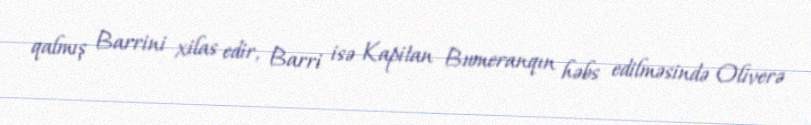
qalmış Barrini xilas edir, Barri isə Kapitan Bumeranqın həbs edilməsində Oliverə